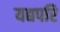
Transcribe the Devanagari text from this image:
यद्यपरि